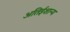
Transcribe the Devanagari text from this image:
अतिईशान्य